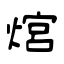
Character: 熍